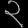
Digit: ၃